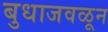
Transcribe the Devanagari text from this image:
बुधाजवळून